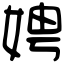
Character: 娉